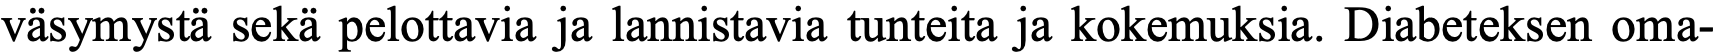
väsymystä sekä pelottavia ja lannistavia tunteita ja kokemuksia. Diabeteksen oma-